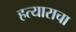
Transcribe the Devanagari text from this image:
हत्याराचा